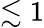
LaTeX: \lesssim 1